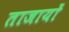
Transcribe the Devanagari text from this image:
ताजायों